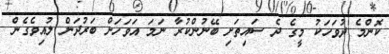
ކޮންމެ ދުވަހަކު މީގެ ދެ ސައިތަށި ބޭނުންކުރާ ނަމަ އަަވަހަށް ބަރުދަން ލުއިވެގެން